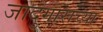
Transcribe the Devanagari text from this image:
जादुगाराच्या